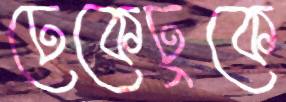
ঢেকেঢুকে